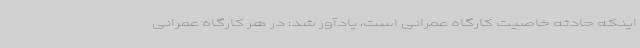
اینکه حادثه خاصیت کارگاه عمرانی است، یادآور شد: در هر کارگاه عمرانی